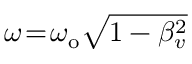
\omega \! = \! \omega _ { \mathrm { o } } \sqrt { 1 - \beta _ { v } ^ { 2 } }